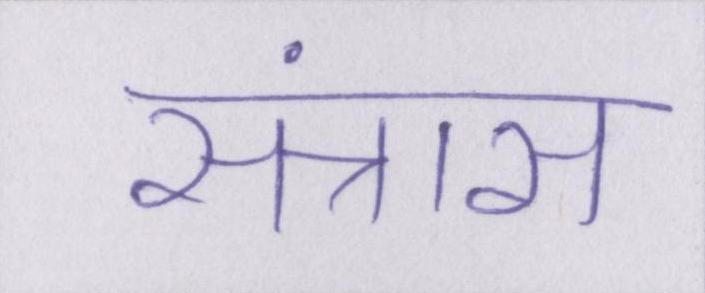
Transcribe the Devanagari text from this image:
संत्रास